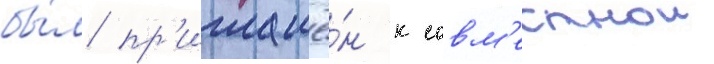
бы́л пр'иглашё́н к совм'естнои